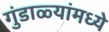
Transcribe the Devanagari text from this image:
गुंडाळ्यांमध्ये